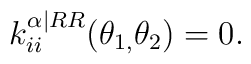
k_{ii}^{\mathbf{\alpha |}RR}(\theta _{1,}\theta _{2})=0.